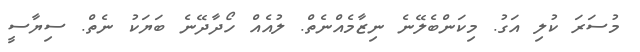
މުސަރަ ކުލި އަގު. މިކަންބެލޭނެ ނިޒާމެއްނެތް. ލުއެއް ހޯދާދޭނެ ބަޔަކު ނެތް. ސިޔާސީ